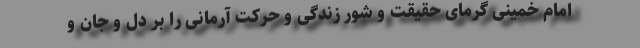
امام خمینی گرمای حقیقت و شور زندگی و حركت آرمانی را بر دل و جان و